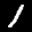
Label: 1